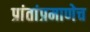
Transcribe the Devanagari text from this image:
प्रांतांप्रमाणेच